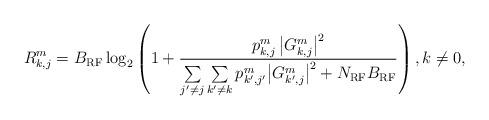
LaTeX: \begin{align*}R_{k,j}^m=B_{\rm RF} \log_2 \left( 1 + \frac{p_{k,j}^m \left|G_{k,j}^m\right|^2}{{\sum\limits_{j'\ne j} \sum\limits_{k'\ne {{k}}} {p_{k',j'}^{{m}} { {{ \left|G_{k',j}^m\right|^2 }} } } } + N_{\rm RF}B_{\rm RF} }\right), k\ne 0,\end{align*}